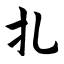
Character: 扎